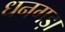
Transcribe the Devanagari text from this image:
धनगड़ा